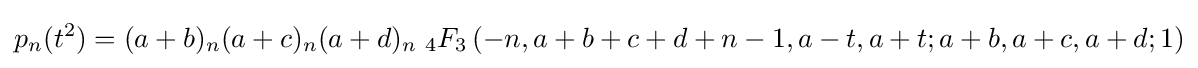
p_{n}(t^{2})=(a+b)_{n}(a+c)_{n}(a+d)_{n}\;{}_{4}F_{3}\left(-n,a+b+c+d+n-1,a-t,a+t;a+b,a+c,a+d;1\right)